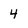
Character: 4